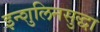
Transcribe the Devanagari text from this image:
इन्शुलिनसुद्धा